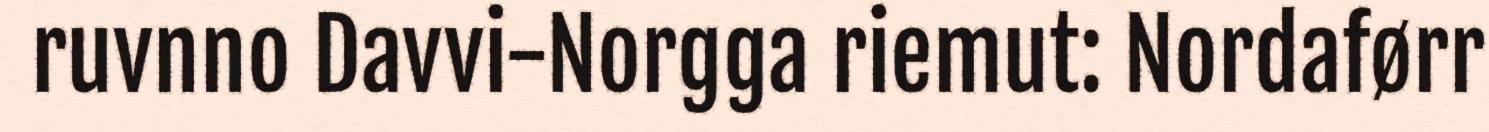
ruvnno Davvi-Norgga riemut: Nordaførr